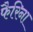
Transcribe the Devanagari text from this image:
फैरिना